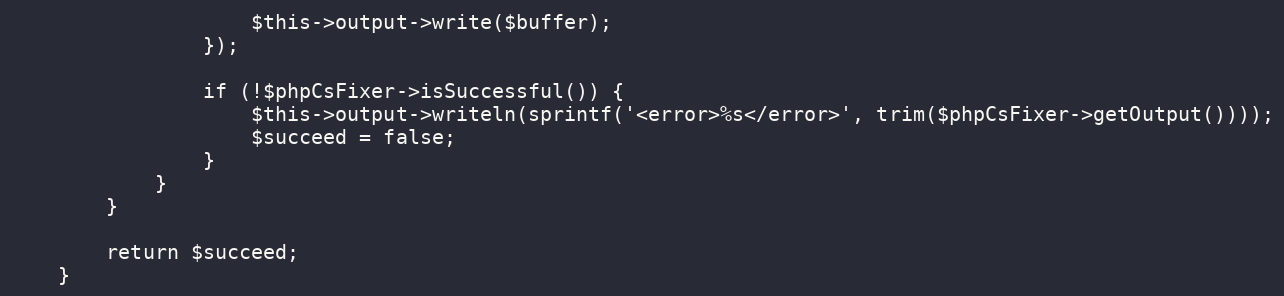
Language: PHP
                    $this->output->write($buffer);
                });

                if (!$phpCsFixer->isSuccessful()) {
                    $this->output->writeln(sprintf('<error>%s</error>', trim($phpCsFixer->getOutput())));
                    $succeed = false;
                }
            }
        }

        return $succeed;
    }